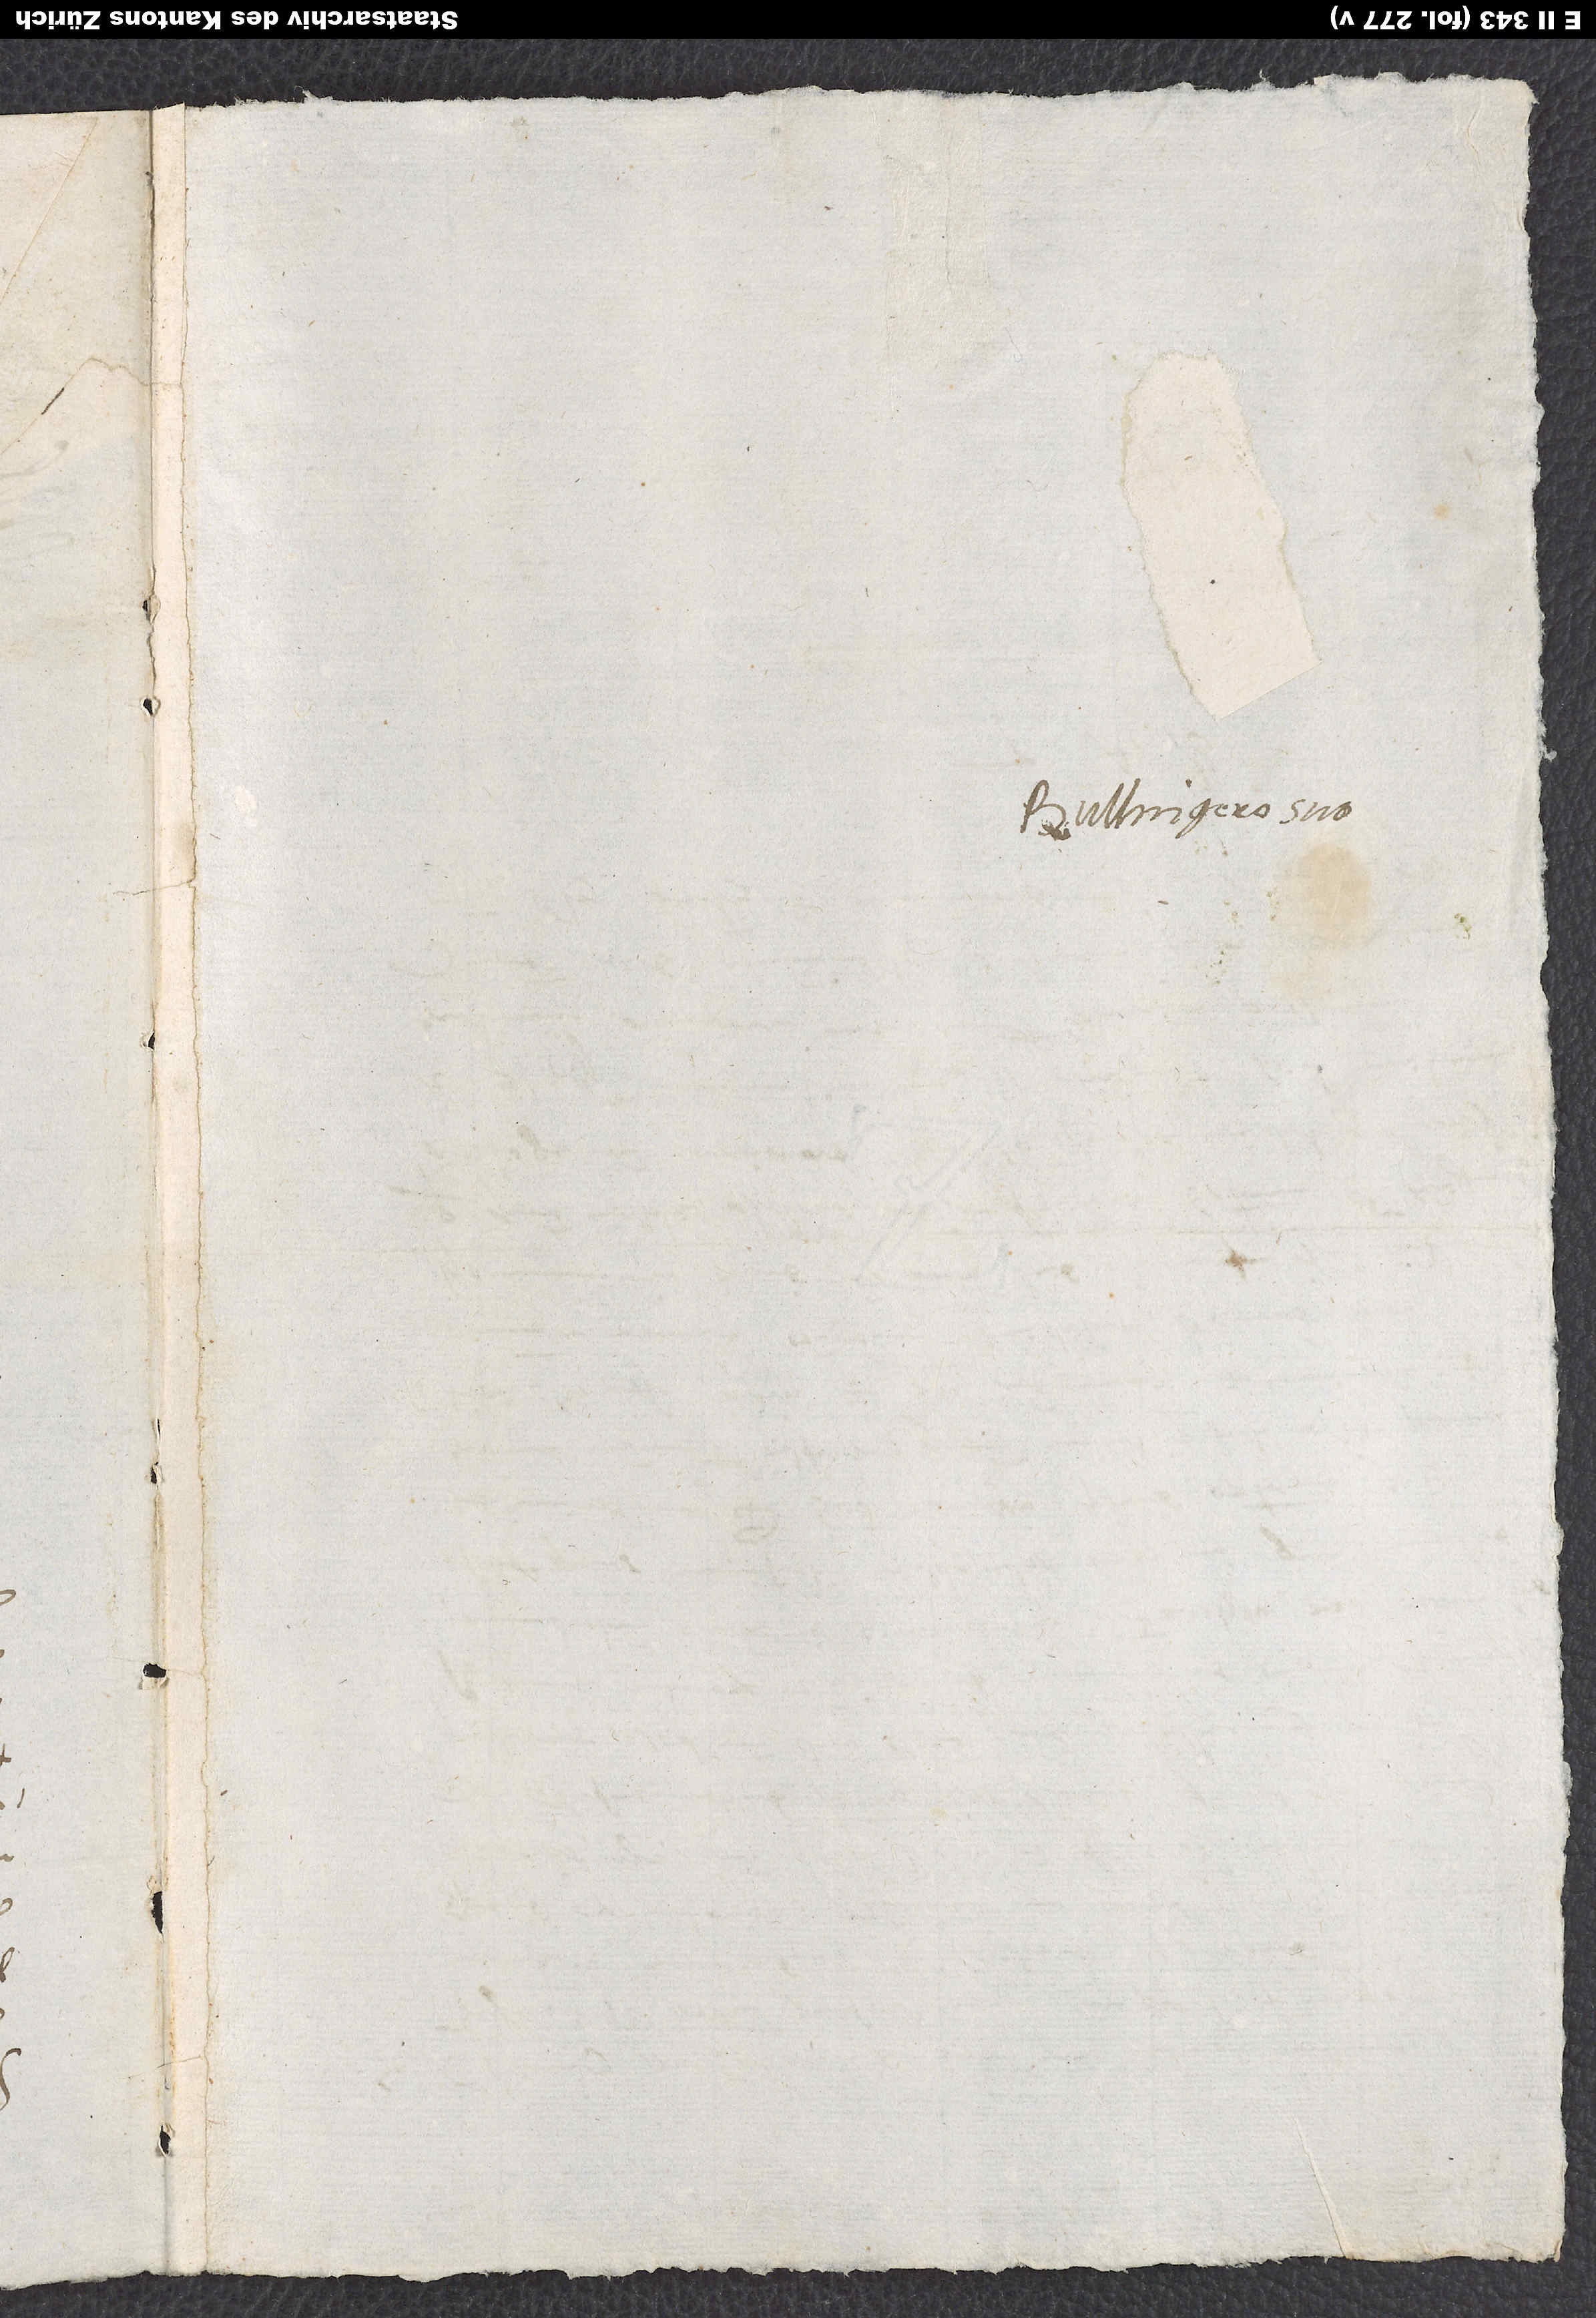
Bullingero suo.